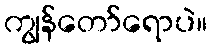
ကျွန်တော်ရောပဲ။